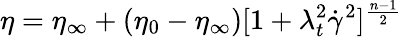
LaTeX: \eta=\eta_{\infty}+(\eta_{0}-\eta_{\infty})[1+\lambda_{t}^{2}\dot{\gamma}^{2}]^{\frac{n-1}{2}}